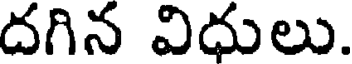
దగిన విధులు.